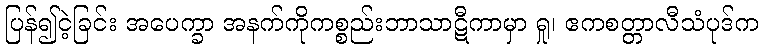
ပြန်၍ငဲ့ခြင်း အပေက္ခာ အနက်ကိုကစ္စည်းဘာသာဋီကာမှာ ရှု၊ ဧကစတ္တာလီသံပုဒ်က